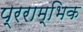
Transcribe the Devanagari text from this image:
प्रराम्भिक